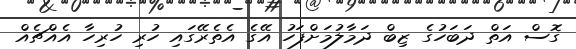
ގޮސް އަތް ދަބަހުގެ ޒިބް ދަމާލުމަށްފަހު އޭގެ އެތެރޭގައި ހުރި ހުރިހާ އެއްޗެއް